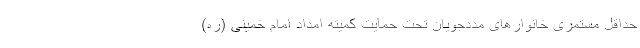
حداقل مستمری خانوارهای مددجویان تحت حمایت کمیته امداد امام خمینی (ره)